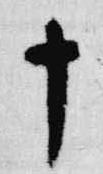
十